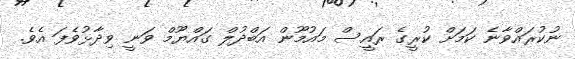
ނުކުރައްވާނެ ކަމަށް ކުރީގެ ރައީސް މައުމޫން އަބްދުލް ގައްޔޫމް ވަނީ ވިދާޅުވެފަ އެވެ.